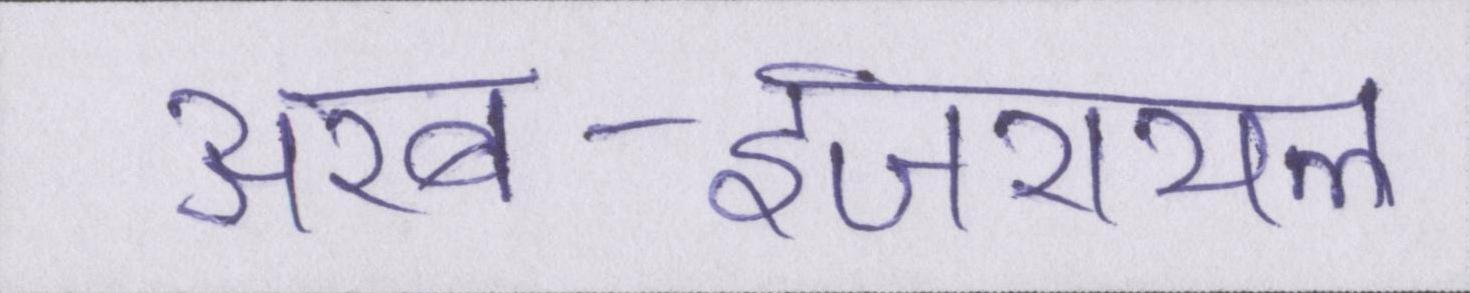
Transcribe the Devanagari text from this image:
अरब-इजरायल